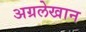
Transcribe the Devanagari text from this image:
अग्रलेखान